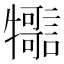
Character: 𤜊